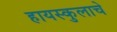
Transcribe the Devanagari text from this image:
हायस्कुलाचे